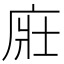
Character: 𢈜